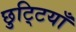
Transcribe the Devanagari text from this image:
छुटि्टयाँ